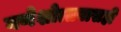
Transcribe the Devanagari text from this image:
गणेशोत्सवासही